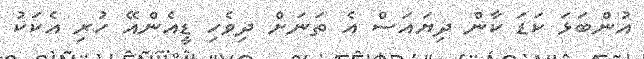
އުންބަޅަ ކަޑަ ކާން ދިޔައަސް އެ ތަނަށް ދިވެހި ޑީއެންއޭ ހުރި އެކަކު